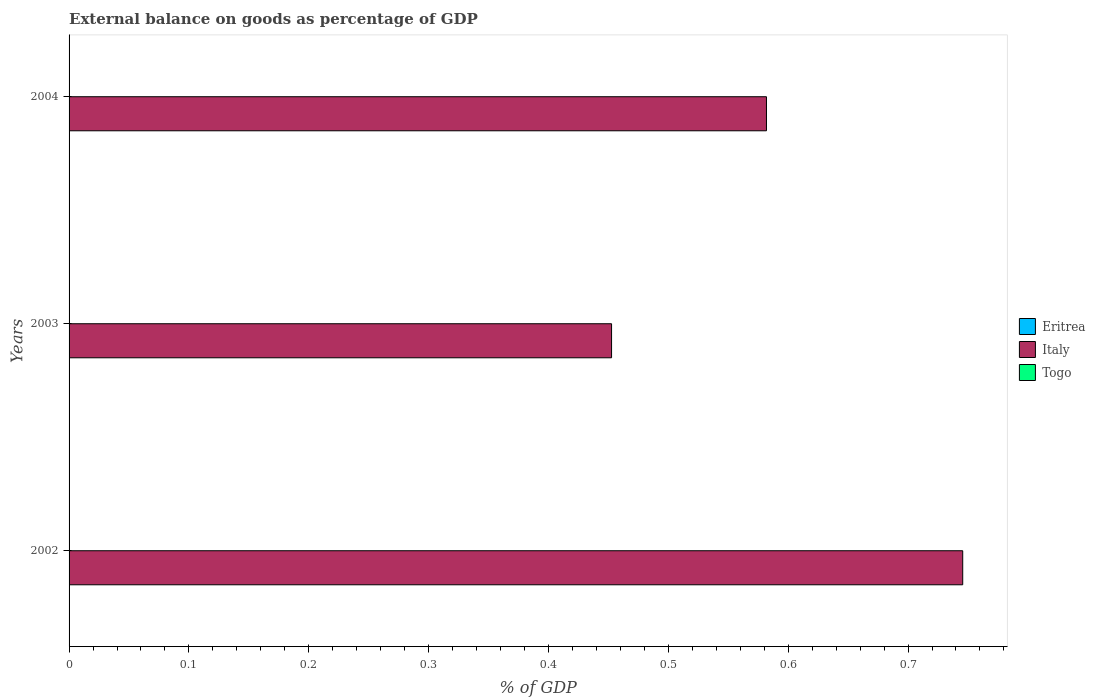
| Years | Eritrea | Italy | Togo |
 | --- | --- | --- | --- |
 | 2002 | -53 | 0.746 | -12.6 |
 | 2003 | -61.1 | 0.453 | -15.7 |
 | 2004 | -54 | 0.582 | -19.3 |